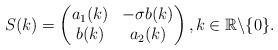
LaTeX: \begin{align*} &S(k)=\begin{pmatrix} a_1(k) & -\sigma b(k)\\ b(k) & a_{2}(k) \end{pmatrix}, k\in\mathbb{R}\backslash\{0\}. \end{align*}